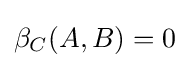
\beta _{C}(A,B)=0